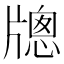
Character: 牕